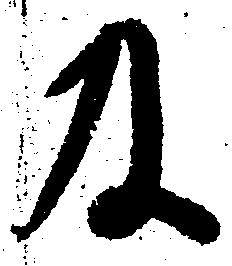
及